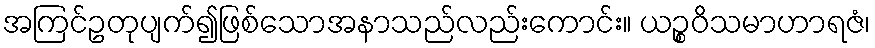
အကြင်ဥတုပျက်၍ဖြစ်သောအနာသည်လည်းကောင်း။ ယဉ္စဝိသမာဟာရဇံ၊